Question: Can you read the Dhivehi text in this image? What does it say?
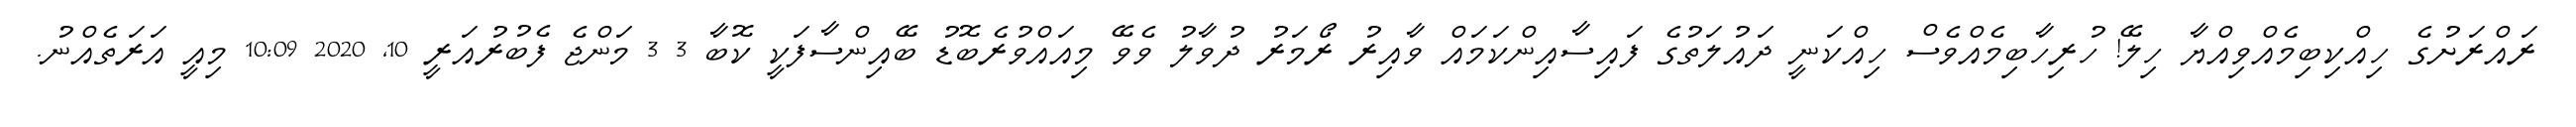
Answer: ރައްރަށުގެ ހިއްކިބިމެއްވިއްޔާ ހިލޭ! ހުރިހާބިމެއްވެސް ހިއްކަނީ ދައުލަތުގެ ފައިސާއިންކަމައް ވާއިރު ރޯމަރު ދުވާލު ވެވޭ މިއައްވުރެބޮޑު ބޭއިންސާފަކީ ކޮބާ 3 3 މަންޖެ ފެބުރުއަރީ 10, 2020 10:09 މިއީ އަރަތެއްނު.